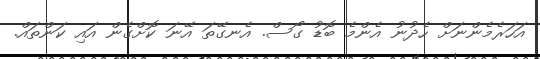
އަހަރެމެންނަށް ހެދުނު އެންމެ ބޮޑު ގޯސް. އެނގޭތަ އޭނަ ކޮށްގެން އައި ކަންތައް.